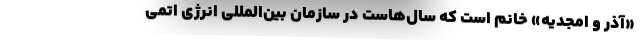
«آذر و امجدیه» خانم است که سال‌هاست در سازمان بین‌المللی انرژی اتمی